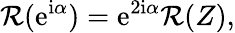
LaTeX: \mathcal{R}({\mathrm{{e}}}^{{\mathrm{{i}}}\alpha})={\mathrm{{e}}}^{2{\mathrm{{i}}}\alpha}\mathcal{R}(Z),